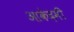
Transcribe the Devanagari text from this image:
आकेदमी